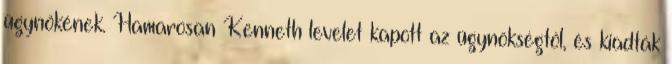
ügynökének. Hamarosan Kenneth levelet kapott az ügynökségtől, és kiadták